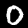
Digit: 0